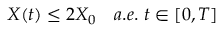
X ( t ) \le 2 X _ { 0 } \quad a . e . \ t \in [ 0 , T ]